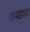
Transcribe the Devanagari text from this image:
वायडक्ट